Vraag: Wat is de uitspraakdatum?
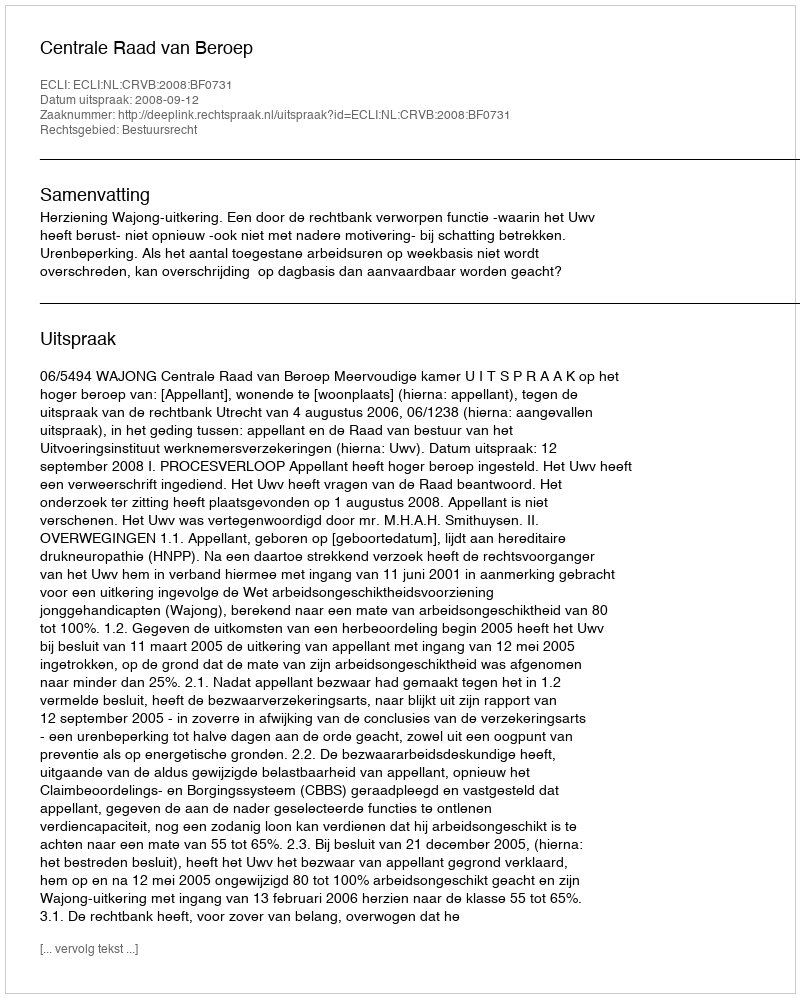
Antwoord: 2008-09-12